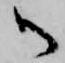
御